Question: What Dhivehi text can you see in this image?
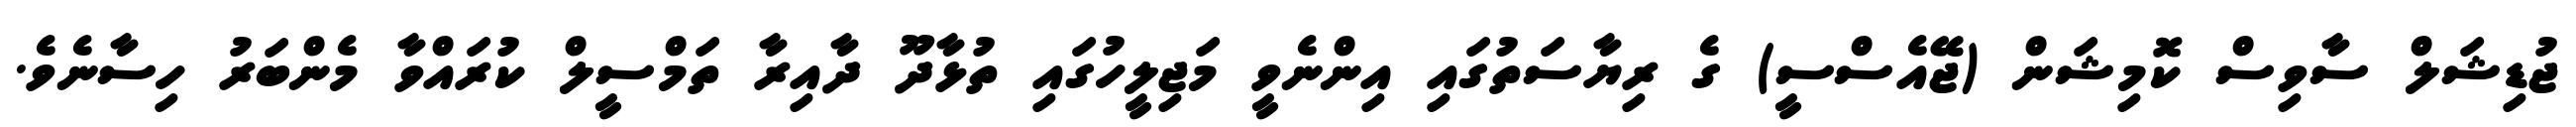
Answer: ޖުޑިޝަލް ސާވިސް ކޮމިޝަން (ޖޭއެސްސީ) ގެ ރިޔާސަތުގައި އިންނެވީ މަޖިލީހުގައި ތުޅާދޫ ދާއިރާ ތަމްސީލް ކުރައްވާ މެންބަރު ހިސާނެވެ.